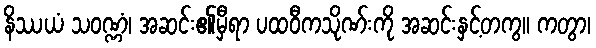
နိဿယံ သဝဏ္ဏံ၊ အဆင်း၏မှီရာ ပထဝီကသိုဏ်းကို အဆင်းနှင့်တကွ။ ကတွာ၊